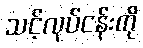
သင့်လုပ်ငန်းကို